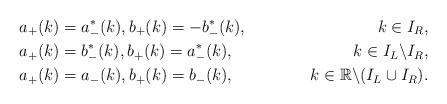
LaTeX: \begin{align*} &a_{+}(k)=a^*_{-}(k), b_{+}(k)=-b^*_{-}(k), &k\in I_{R},\\ &a_{+}(k)=b_{-}^{*}(k), b_{+}(k)=a^*_{-}(k), &k\in I_{L}\backslash I_{R}, \\ &a_{+}(k)=a_{-}(k), b_{+}(k)=b_{-}(k), &k\in \mathbb{R}\backslash(I_L\cup I_R). \end{align*}